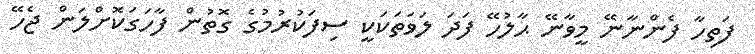
ފަތިހާ ފެންނާނޭ މީވާނޭ ޙާލުހޭ ފަދަ ލަވަތަކަކީ ސިފަކުރުމުގެ ގޮތުން ފާހަގަކޮށްލަން ޖެހޭ